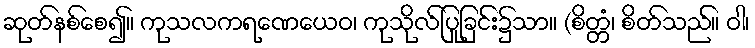
ဆုတ်နစ်စေ၍။ ကုသလကရဏေယေဝ၊ ကုသိုလ်ပြုခြင်း၌သာ။ (စိတ္တံ၊ စိတ်သည်။ ဝါ၊